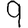
Digit: 9